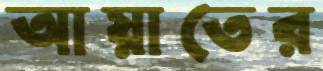
আয়াতের